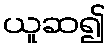
ယူဆ၍